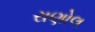
રાણોલ